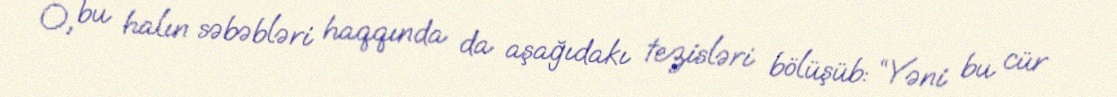
O, bu halın səbəbləri haqqında da aşağıdakı tezisləri bölüşüb: “Yəni bu cür